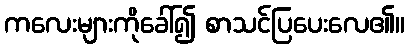
ကလေးများကိုခေါ်၍ စာသင်ပြပေးလေ၏။